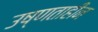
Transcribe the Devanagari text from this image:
उष्णताहीन